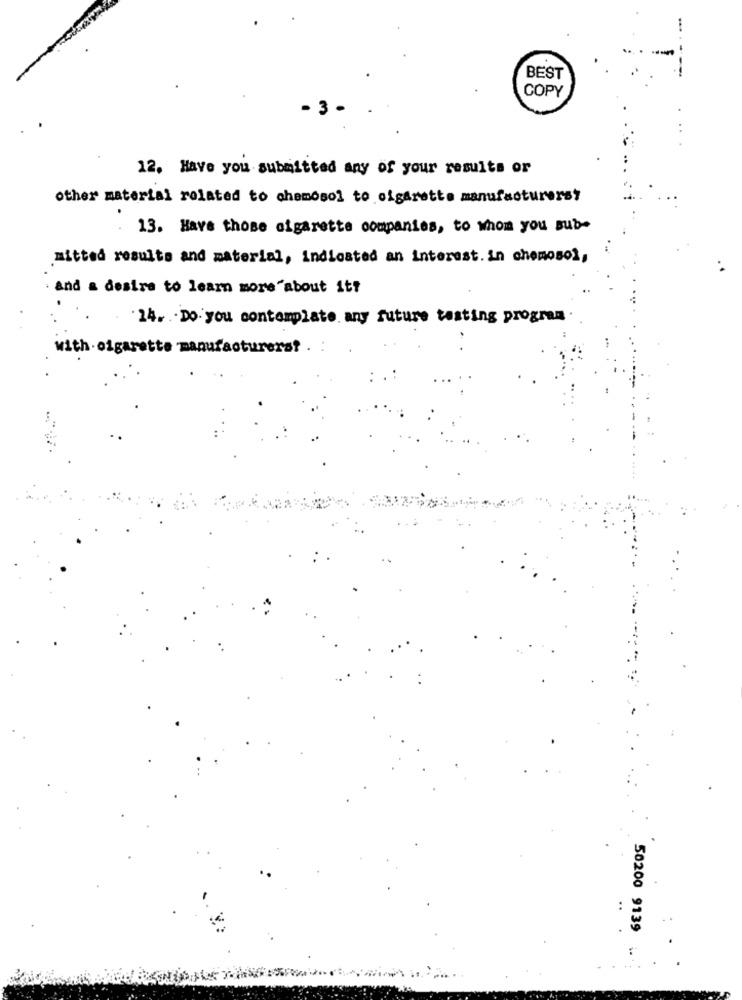
BEST
COPY
12. Have you submitted any of your results or
other material related to chemosol to cigarette manufacturers?
13. Have those cigarette companies, to whom you sub-
mitted results and material, indicated an interest. in chemosol,
and a desire to learn more about it?
24. Do you contemplate any future testing program
with cigarette manufacturers? . :
50200 9139